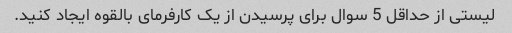
لیستی از حداقل 5 سوال برای پرسیدن از یک کارفرمای بالقوه ایجاد کنید.